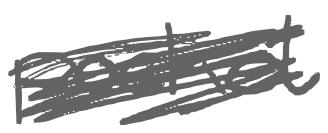
Text: pocket
Cross-out: scratch
Writing tool: digital_gray